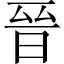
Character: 晉